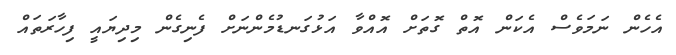
އެހެން ނަމަވެސް އެކަން އޮތް ގޮތަށް އޮއްވާ އަޅުގަނޑުމެންނަށް ފެނިގެން މިދިޔައީ ފިހާރަތައް